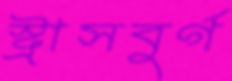
স্ট্রাসবুর্গ